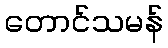
တောင်သမန်